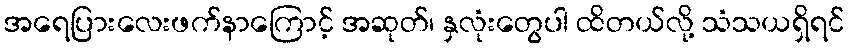
အရေပြားလေးဖက်နာကြောင့် အဆုတ်၊ နှလုံးတွေပါ ထိတယ်လို့ သံသယရှိရင်